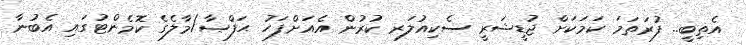
އެތިބީ.. ފުރަތަމަ ކަމަކަށް ޖުޑީޝަރީ ސެކިއުލަރ ކުރުން އެއަށްފަހު ޙަފްޞާ/މާލެގެ ކޮމެންޓުގައި އެބުނާ